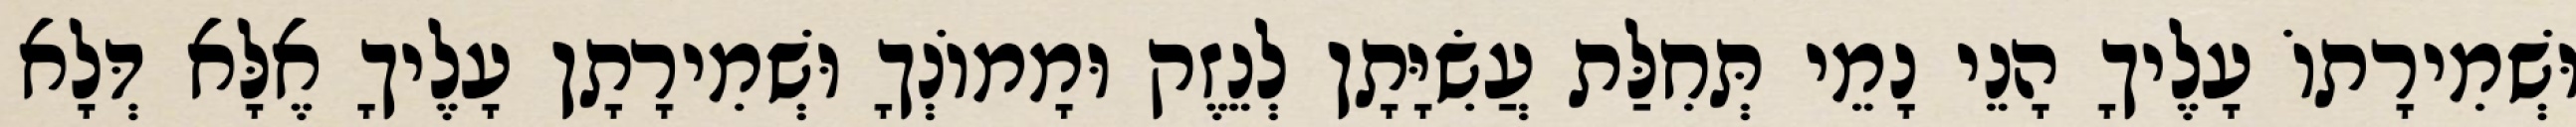
וּשְׁמִירָתוֹ עָלֶיךָ הָנֵי נָמֵי תְּחִלַּת עֲשִׂיָּתָן לְנֵזֶק וּמָמוֹנְךָ וּשְׁמִירָתָן עָלֶיךָ אֶלָּא דְּלָא